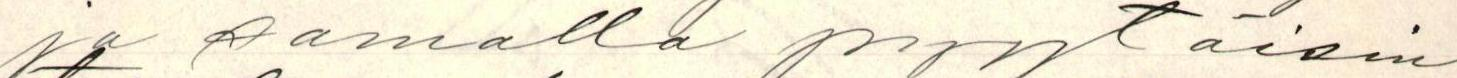
ja samalla pyytäisin